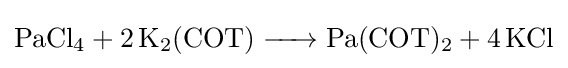
{\ce {PaCl4 + 2K2(COT) -> Pa(COT)2 + 4KCl}}